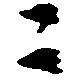
ニ